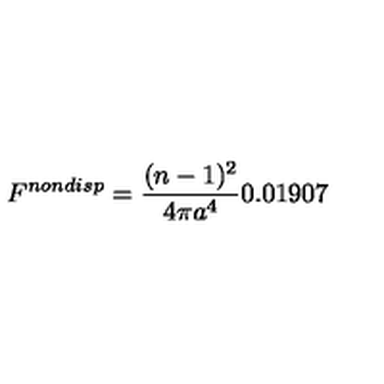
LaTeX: F ^ { n o n d i s p } = \frac { ( n - 1 ) ^ { 2 } } { 4 \pi a ^ { 4 } } 0 . 0 1 9 0 7